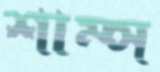
শাম্স